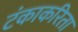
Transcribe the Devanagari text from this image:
टंकाकरिता